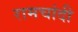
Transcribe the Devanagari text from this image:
रामचांदी